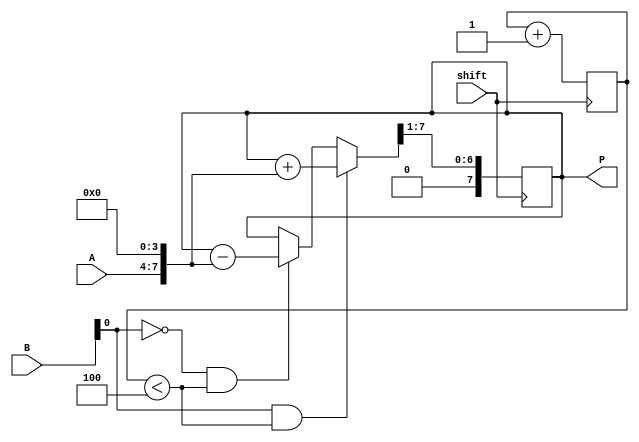
module booth_multiplier(
  input [3:0] A,
  input [3:0] B,
  input shift,
  output reg [7:0] P
);

  reg [7:0] partial_product;
  reg [2:0] count;

  always @(posedge shift) begin
    if(shift) begin
      if(B[0] == 1 && count < 4) begin
        partial_product = partial_product + {A, 4'b0};
      end
      else if(B[0] == 0 && count < 4) begin
        partial_product = partial_product - {A, 4'b0};
      end
      
      partial_product = partial_product >> 1;
      count = count + 1;
    end
  end

  assign P = partial_product[7:0];

endmodule